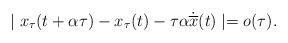
LaTeX: \begin{align*}\mid x_{\tau}(t+\alpha \tau)- x_{\tau}(t) - \tau \alpha \dot{\overline{x}}(t) \mid = o( \tau ). \end{align*}